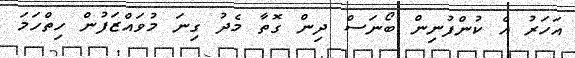
އަހަރު އެ ކުންފުނިން ބޯނަސް ދިން ގޮތާ މެދު ގިނަ މުވައްޒަފުން ހިތްހަމަ